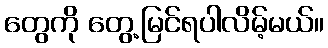
တွေကို တွေ့မြင်ရပါလိမ့်မယ်။